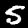
Digit: 5